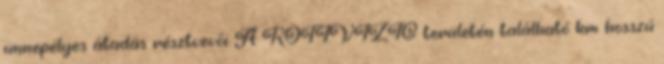
ünnepélyes átadás résztvevõi A KÖTIVIZIG területén található km hosszú